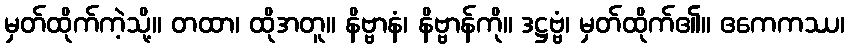
မှတ်ထိုက်ကဲ့သို့။ တထာ၊ ထိုအတူ။ နိဗ္ဗာနံ၊ နိဗ္ဗာန်ကို။ ဒဋ္ဌဗ္ဗံ၊ မှတ်ထိုက်၏။ ဧကေကဿ၊